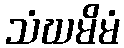
သံဃမိမံ